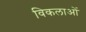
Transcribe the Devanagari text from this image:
विकलाओं